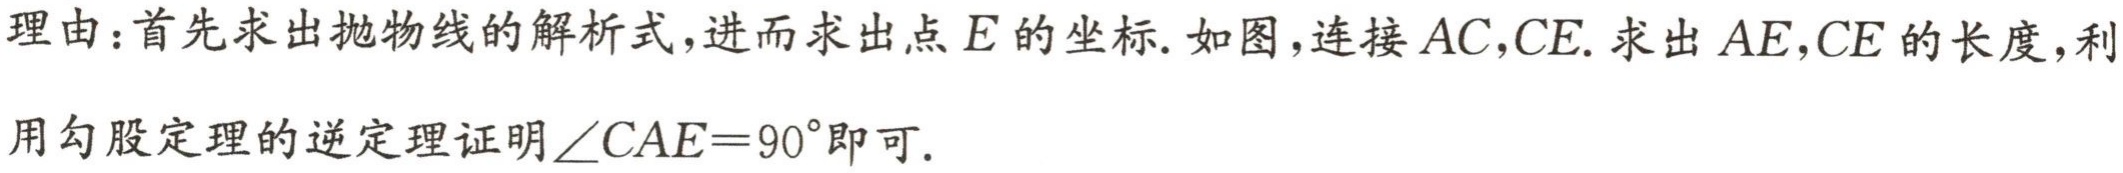
理由：首先求出抛物线的解析式，进而求出点\(E\)的坐标. 如图，连接\(AC,CE\). 求出\(AE,CE\)的长度，利用勾股定理的逆定理证明\(\angle CAE = 90^{\circ}\)即可.